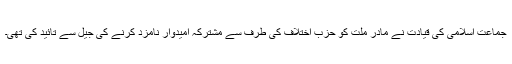
جماعت اسلامی کی قیادت نے مادرِ ملّت کو حزبِ اختلاف کی طرف سے مشترکہ امیدوار نامزد کرنے کی جیل سے تائید کی تھی۔